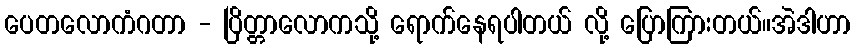
ပေတလောကံဂတာ - ပြိတ္တာလောကသို့ ရောက်နေရပါတယ် လို့ ပြောကြားတယ်။အဲဒါဟာ